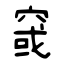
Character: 窢